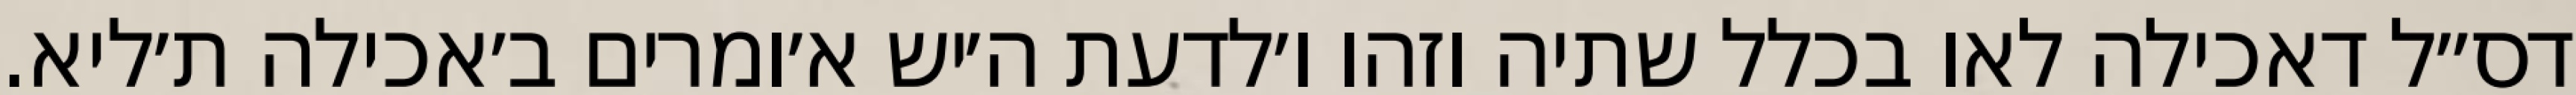
דס״ל דאכילה לאו בכלל שתיה וזהו ו׳לדעת ה׳יש א׳ומרים ב׳אכילה ת׳ליא.